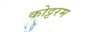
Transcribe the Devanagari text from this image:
कोट्टरम